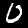
Digit: 0